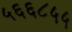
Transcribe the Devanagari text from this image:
५६६८५५